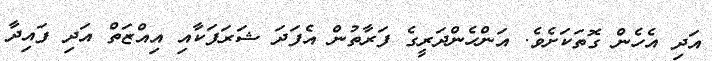
އަދި އެހެން ގޮތަކަށެވެ. އަންހެންދަރީގެ ފަރާތުން އެފަދަ ޝަރަފަކާއި އިއްޒަތް އަދި ފައިދާ